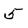
Character: 5